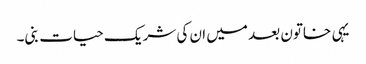
یہی خاتون بعد میں ان کی شریک حیات بنی۔